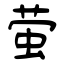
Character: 萤